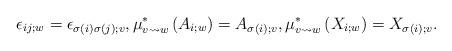
LaTeX: \begin{align*}\epsilon_{ij;w}=\epsilon_{\sigma(i)\sigma(j);v}, \mu_{v\rightsquigarrow w}^*\left(A_{i;w}\right)=A_{\sigma(i);v}, \mu^*_{v\rightsquigarrow w} \left(X_{i;w}\right)=X_{\sigma(i);v}.\end{align*}